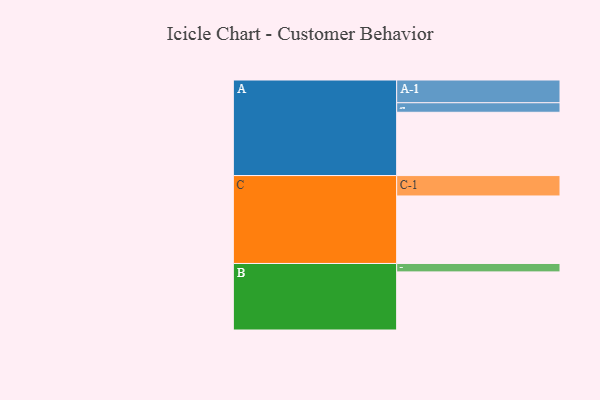
{"axis": {"x": "Segment", "y": "Value"}, "legend": ["", "A", "B", "C"], "data": [{"x": "A", "y": 512, "type": ""}, {"x": "B", "y": 470, "type": ""}, {"x": "C", "y": 546, "type": ""}, {"x": "A-1", "y": 184, "type": "A"}, {"x": "A-2", "y": 77, "type": "A"}, {"x": "B-1", "y": 68, "type": "B"}, {"x": "C-1", "y": 165, "type": "C"}]}